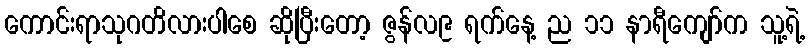
ကောင်းရာသုဂတိလားပါစေ ဆိုပြီးတော့ ဇွန်လ၉ ရက်နေ့ ည ၁၁ နာရီကျော်က သူ့ရဲ့